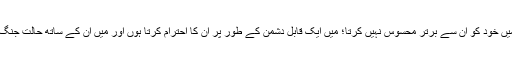
میں پر، میں خود کو ان سے برتر محسوس نہیں کرتا؛ میں ایک قابل دشمن کے طور پر ان کا احترام کرتا ہوں اور میں ان کے ساتھ حالت جنگ میں ہوں۔